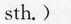
sth.)